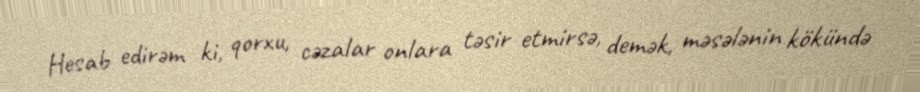
Hesab edirəm ki, qorxu, cəzalar onlara təsir etmirsə, demək, məsələnin kökündə